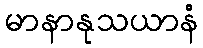
မာနာနုသယာနံ